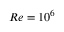
R e = 1 0 ^ { 6 }